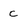
Character: c